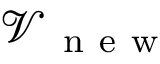
\mathcal { V } _ { \mathrm { ~ n ~ e ~ w ~ } }